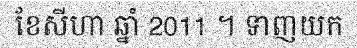
ខែសីហា ឆ្នាំ 2011 ។ ទាញយក